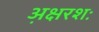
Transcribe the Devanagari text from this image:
अ़क्षरशः